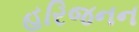
હરિજનન